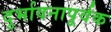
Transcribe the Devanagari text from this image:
दुर्भावनापूर्वक